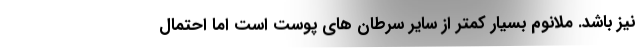
نیز باشد. ملانوم بسیار کمتر از سایر سرطان های پوست است اما احتمال